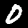
Label: 0